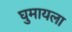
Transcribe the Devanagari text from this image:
घुमायला